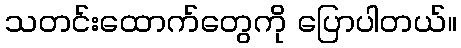
သတင်းထောက်တွေကို ပြောပါတယ်။